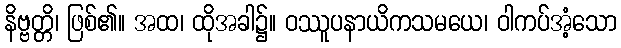
နိဗ္ဗတ္တိ၊ ဖြစ်၏။ အထ၊ ထိုအခါ၌။ ဝဿူပနာယိကသမယေ၊ ဝါကပ်အံ့သော